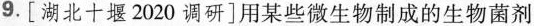
9.[湖北十堰2020调研]用某些微生物制成的生物菌剂